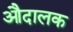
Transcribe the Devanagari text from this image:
औदालक